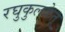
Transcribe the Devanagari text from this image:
रघुकुलकेतू